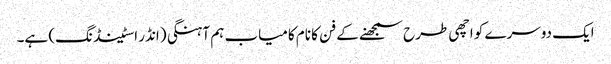
ایک دوسرے کو اچھی طرح سمجھنے کے فن کا نام کامیاب ہم آہنگی (انڈر اسٹینڈنگ) ہے۔